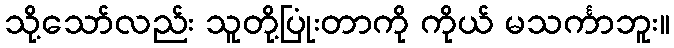
သို့သော်လည်း သူတို့ပြုံးတာကို ကိုယ် မသင်္ကာဘူး။